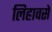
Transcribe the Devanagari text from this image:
लिहावसे